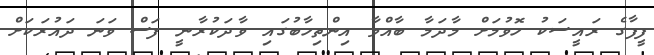
ފީފާގެ ރައީސަކު ހޮވުމަށް މާދަމާ ބާއްވާ އިންތިހާބުގައި ވާދަކުރާނީ ފަސް ވަނަ ދައުރަކަށް